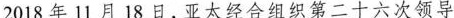
2018 年 11月 18 日，亚太经合组织第二十六次领导